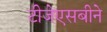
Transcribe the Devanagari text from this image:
टीजेएसबीने